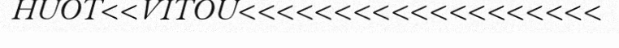
HUOT<<VITOU<<<<<<<<<<<<<<<<<<<